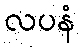
လပနံ